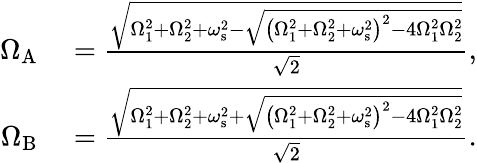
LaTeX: \begin{array}{rl}{\Omega_{\mathrm{A}}}&{{}=\frac{\sqrt{\Omega_{1}^{2}+\Omega_{2}^{2}+\omega_{\mathrm{s}}^{2}-\sqrt{\left(\Omega_{1}^{2}+\Omega_{2}^{2}+\omega_{\mathrm{s}}^{2}\right)^{2}-4\Omega_{1}^{2}\Omega_{2}^{2}}}}{\sqrt{2}},}\\ {\Omega_{\mathrm{B}}}&{{}=\frac{\sqrt{\Omega_{1}^{2}+\Omega_{2}^{2}+\omega_{\mathrm{s}}^{2}+\sqrt{\left(\Omega_{1}^{2}+\Omega_{2}^{2}+\omega_{\mathrm{s}}^{2}\right)^{2}-4\Omega_{1}^{2}\Omega_{2}^{2}}}}{\sqrt{2}}.}\end{array}